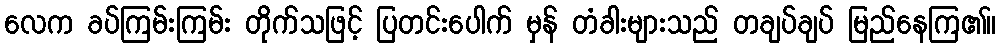
လေက ခပ်ကြမ်းကြမ်း တိုက်သဖြင့် ပြတင်းပေါက် မှန် တံခါးများသည် တချပ်ချပ် မြည်နေကြ၏။